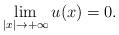
LaTeX: \begin{align*}\lim_{|x| \to +\infty}u(x) =0.\end{align*}